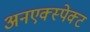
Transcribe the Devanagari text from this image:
अनएक्स्पेक्ट